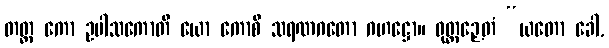
တတ္ထ ကော ဥပါသကောတိ ယော ကောစိ သရဏဂတော ဂဟဋ္ဌော။ ဝုတ္တဉှေတံ “ယတော ခေါ,